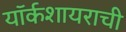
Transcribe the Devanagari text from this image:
यॉर्कशायराची